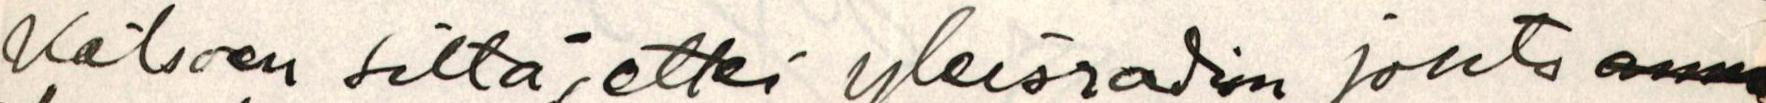
Katsoen siltä, ettei yleisradion johto anna